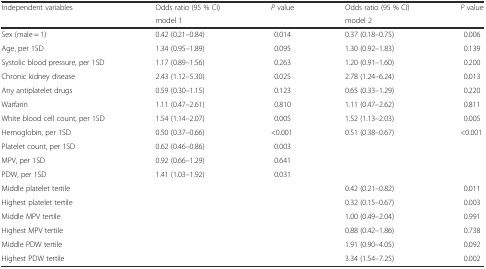
| Independent variables | Odds ratio (95 % CI) | P value | Odds ratio (95 % CI) | P value |
 |  | <COLSPAN=2> model 1 | <COLSPAN=2> model 2 |
 | --- | --- | --- | --- | --- |
 | Sex (male = 1) | 0.42 (0.21–0.84) | 0.014 | 0.37 (0.18–0.75) | 0.006 |
 | Age, per 1SD | 1.34 (0.95–1.89) | 0.095 | 1.30 (0.92–1.83) | 0.139 |
 | Systolic blood pressure, per 1SD | 1.17 (0.89–1.56) | 0.263 | 1.20 (0.91–1.60) | 0.200 |
 | Chronic kidney disease | 2.43 (1.12–5.30) | 0.025 | 2.78 (1.24–6.24) | 0.013 |
 | Any antiplatelet drugs | 0.59 (0.30–1.15) | 0.123 | 0.65 (0.33–1.29) | 0.220 |
 | Warfarin | 1.11 (0.47–2.61) | 0.810 | 1.11 (0.47–2.62) | 0.811 |
 | White blood cell count, per 1SD | 1.54 (1.14–2.07) | 0.005 | 1.52 (1.13–2.03) | 0.005 |
 | Hemoglobin, per 1SD | 0.50 (0.37–0.66) | <0.001 | 0.51 (0.38–0.67) | <0.001 |
 | Platelet count, per 1SD | 0.62 (0.46–0.86) | 0.003 |  |  |
 | MPV, per 1SD | 0.92 (0.66–1.29) | 0.641 |  |  |
 | PDW, per 1SD | 1.41 (1.03–1.92) | 0.031 |  |  |
 | Middle platelet tertile |  |  | 0.42 (0.21–0.82) | 0.011 |
 | Highest platelet tertile |  |  | 0.32 (0.15–0.67) | 0.003 |
 | Middle MPV tertile |  |  | 1.00 (0.49–2.04) | 0.991 |
 | Highest MPV tertile |  |  | 0.88 (0.42–1.86) | 0.738 |
 | Middle PDW tertile |  |  | 1.91 (0.90–4.05) | 0.092 |
 | Highest PDW tertile |  |  | 3.34 (1.54–7.25) | 0.002 |